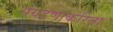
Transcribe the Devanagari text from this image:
संग्रहणाकरिता